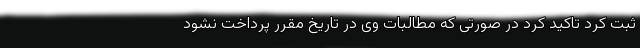
ثبت کرد تاکید کرد در صورتی که مطالبات وی در تاریخ مقرر پرداخت نشود